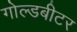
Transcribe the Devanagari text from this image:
गोल्डबीटर